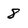
Character: 8